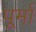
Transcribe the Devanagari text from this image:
पूर्मा